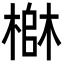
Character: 𬄄